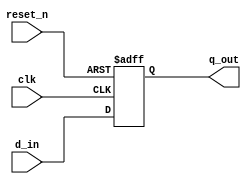
/*Dff16*/
module dff16(reset_n,clk,d_in,q_out); 

input reset_n,clk; 
input [15:0]d_in; 
output reg [15:0]q_out;  

always @(posedge clk or negedge reset_n) 
begin 
if(!reset_n) 
	q_out<=16'h0; 
else  
	q_out<=d_in; 
end 

endmodule